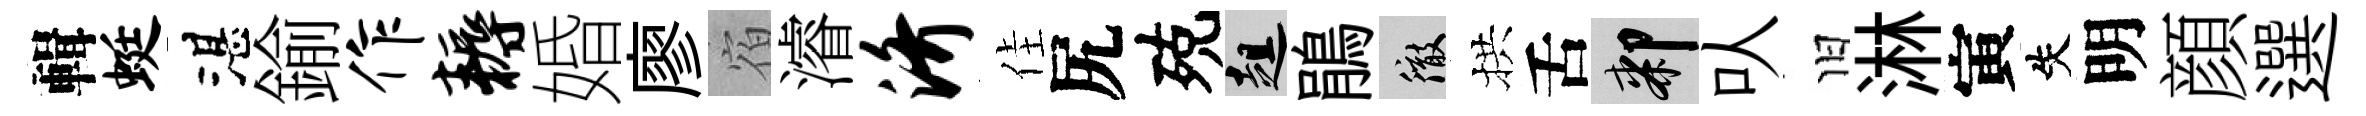
輯蜓湛鍮作耨婚廖宿濬济佳尻殑趄鵑徹拱舌膝㕥旧淋寅失明顔選